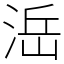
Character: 㴈